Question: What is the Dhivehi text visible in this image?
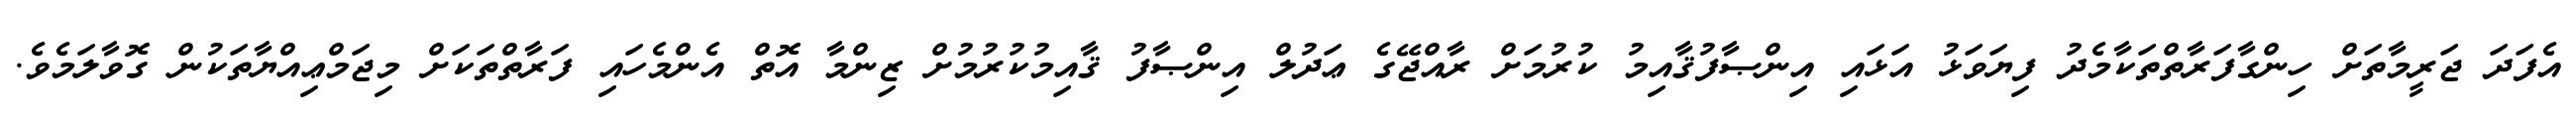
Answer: އެފަދަ ޖަރީމާތަށް ހިންގާފަރާތްތަކާމެދު ފިޔަވަޅު އަޅައި އިންޞާފުޤާއިމު ކުރުމަށް ރާއްޖޭގެ ޢަދުލް އިންޞާފު ޤާއިމުކުރުމުށް ޒިންމާ އޮތް އެންމެހައި ފަރާތްތަކަށް މިޖަމްޢިއްޔާތަކުން ގޮވާލަމެވެ.